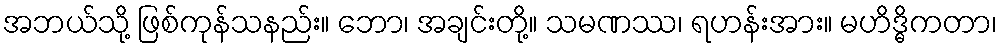
အဘယ်သို့ ဖြစ်ကုန်သနည်း။ ဘော၊ အချင်းတို့။ သမဏဿ၊ ရဟန်းအား။ မဟိဒ္ဓိကတာ၊